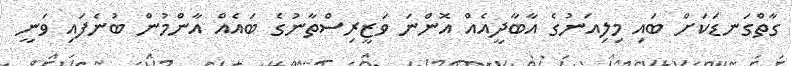
ގާތްގަނޑަކަށް ބައި މިލިއަނުގެ އާބާދީއެއް އޮންނަ ވަޒީރިސްތާނުގެ ބައެއް އާންމުން ބުނެފައި ވަނީ